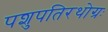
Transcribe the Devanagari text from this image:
पशुपतिरथोग्रः